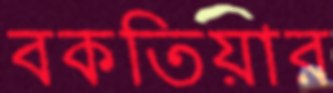
বকতিয়ার